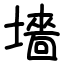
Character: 墻